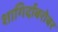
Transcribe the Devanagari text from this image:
शागिर्दांबरोबर